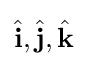
{\hat {\mathbf {i} }},{\hat {\mathbf {j} }},{\hat {\mathbf {k} }}